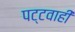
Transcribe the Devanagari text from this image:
पट्टवाही